Report of veterinary surgeon J.H. Steel, A.V.D., on his investigation into an obscure and fatal disease among transport mules in British Burma
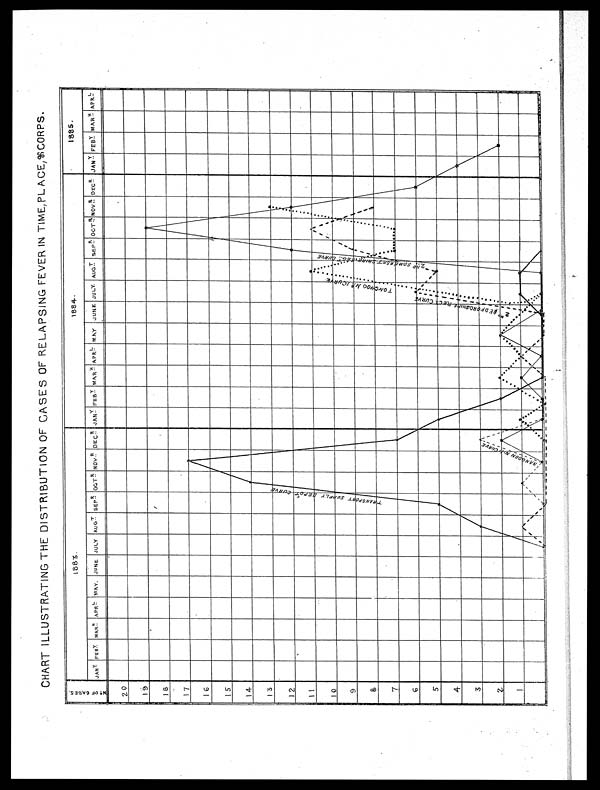
CHART ILLUSTRATING THE DISTRIBUTION OF CASES OF RELAPSING FEVER IN TIME,PL ACE, & CORPS.